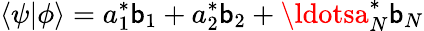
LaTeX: \langle\psi|\phi\rangle=a_{1}^{*}\mathsf{b}_{1}+a_{2}^{*}\mathsf{b}_{2}+\ldotsa_{N}^{*}\mathsf{b}_{N}